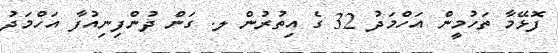
ފޮޅޭމާ ތަހުމީން އަހްމަދު 32 ގެ އިތުރުން ލ. ގަން ދުންފިނިއުފާ އަހްމަދު